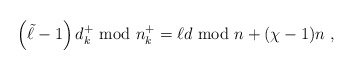
\begin{align*}\left( \tilde{\ell} - 1 \right) d_k^+ {\rm ~mod~} n_k^+ =\ell d {\rm ~mod~} n + (\chi-1) n \;,\end{align*}